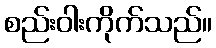
စည်းဝါးကိုက်သည်။